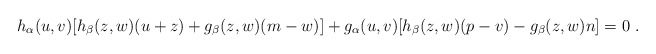
\begin{align*}h_{\alpha}(u,v) [h_{\beta}(z,w)(u+z)+g_{\beta}(z,w)(m-w)]+g_{\alpha}(u,v)[h_{\beta}(z,w)(p-v)-g_{\beta}(z,w)n]=0 \ .\end{align*}